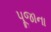
પૂજાના